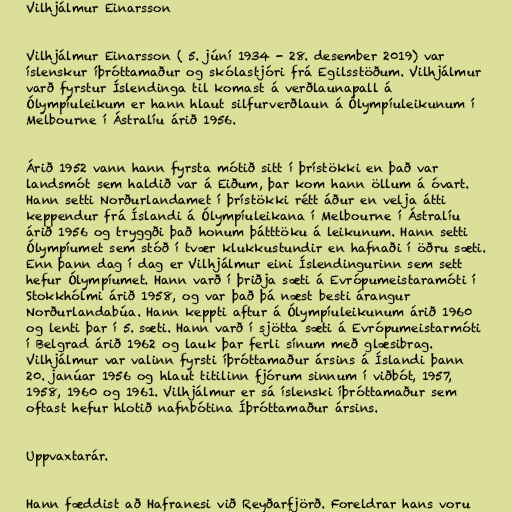
Vilhjálmur Einarsson

Vilhjálmur Einarsson ( 5. júní 1934 - 28. desember 2019) var
íslenskur íþróttamaður og skólastjóri frá Egilsstöðum. Vilhjálmur
varð fyrstur Íslendinga til komast á verðlaunapall á
Ólympíuleikum er hann hlaut silfurverðlaun á Ólympíuleikunum í
Melbourne í Ástralíu árið 1956.

Árið 1952 vann hann fyrsta mótið sitt í þrístökki en það var
landsmót sem haldið var á Eiðum, þar kom hann öllum á óvart.
Hann setti Norðurlandamet í þrístökki rétt áður en velja átti
keppendur frá Íslandi á Ólympíuleikana í Melbourne í Ástralíu
árið 1956 og tryggði það honum þátttöku á leikunum. Hann setti
Ólympíumet sem stóð í tvær klukkustundir en hafnaði í öðru sæti.
Enn þann dag í dag er Vilhjálmur eini Íslendingurinn sem sett
hefur Ólympíumet. Hann varð í þriðja sæti á Evrópumeistaramóti í
Stokkhólmi árið 1958, og var það þá næst besti árangur
Norðurlandabúa. Hann keppti aftur á Ólympíuleikunum árið 1960
og lenti þar í 5. sæti. Hann varð í sjötta sæti á Evrópumeistarmóti
í Belgrad árið 1962 og lauk þar ferli sínum með glæsibrag.
Vilhjálmur var valinn fyrsti íþróttamaður ársins á Íslandi þann
20. janúar 1956 og hlaut titilinn fjórum sinnum í viðbót, 1957,
1958, 1960 og 1961. Vilhjálmur er sá íslenski íþróttamaður sem
oftast hefur hlotið nafnbótina Íþróttamaður ársins.

Uppvaxtarár.

Hann fæddist að Hafranesi við Reyðarfjörð. Foreldrar hans voru